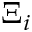
\Xi _ { i }